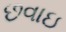
છવાઇ